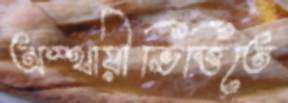
অস্থায়ীভিত্তিতে